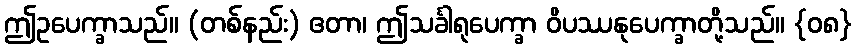
ဤဥပေက္ခာသည်။ (တစ်နည်း) ဧတာ၊ ဤသင်္ခါရုပေက္ခာ ဝိပဿနုပေက္ခာတို့သည်။ {၀၈}